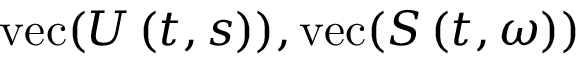
\operatorname { v e c } ( U \left( t , s \right) ) , \operatorname { v e c } ( S \left( t , \omega \right) )